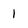
Character: 1